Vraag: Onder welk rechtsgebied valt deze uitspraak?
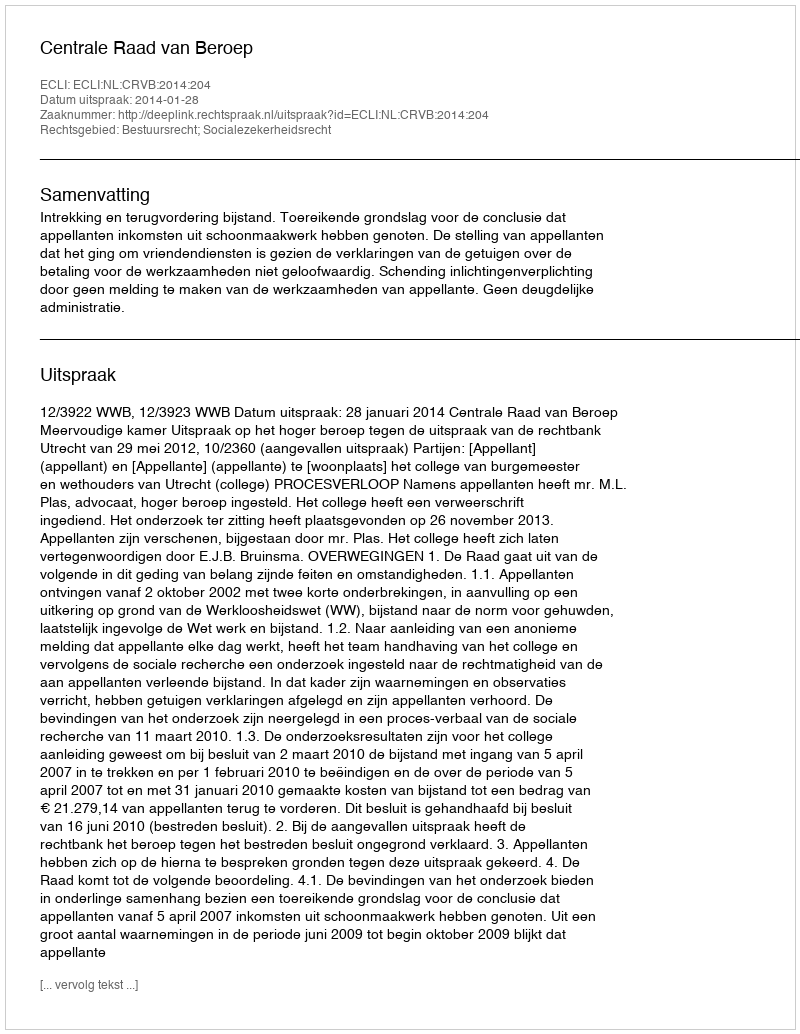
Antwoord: Bestuursrecht; Socialezekerheidsrecht